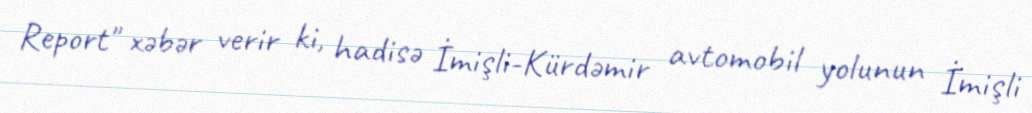
Report" xəbər verir ki, hadisə İmişli-Kürdəmir avtomobil yolunun İmişli